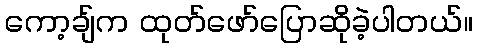
ကော့ချ်က ထုတ်ဖော်ပြောဆိုခဲ့ပါတယ်။